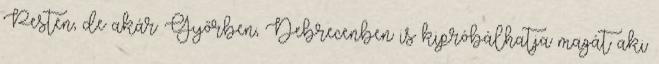
Pesten, de akár Győrben, Debrecenben is kipróbálhatja magát aki